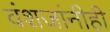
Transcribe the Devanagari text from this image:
वंशजांनीही